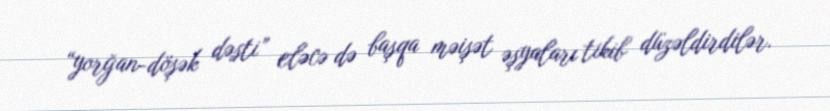
“yorğan-döşək dəsti” eləcə də başqa məişət əşyaları tikib düzəldirdilər.